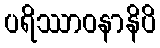
ပရိဿာဝနာနိပိ